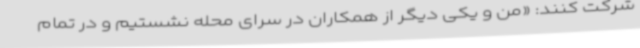
شرکت کنند: «من و یکی دیگر از همکاران در سرای محله نشستیم و در تمام